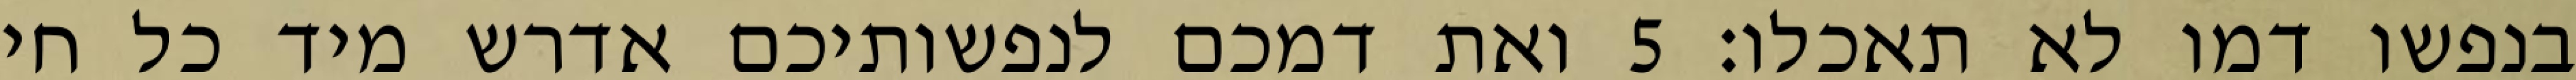
בנפשו דמו לא תאכלו׃ ‎5‏ ואת דמכם לנפשותיכם אדרש מיד כל חי